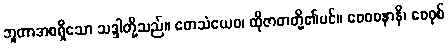
ဘူတာအစရှိသော သဒ္ဒါတို့သည်။ တေသံယေဝ၊ ထိုဇာတတို့၏ပင်။ ဝေဝစနာနိ၊ ဝေဝုစ်